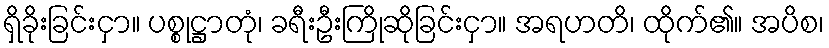
ရှိခိုးခြင်းငှာ။ ပစ္စုဋ္ဌာတုံ၊ ခရီးဦးကြိုဆိုခြင်းငှာ။ အရဟတိ၊ ထိုက်၏။ အပိစ၊